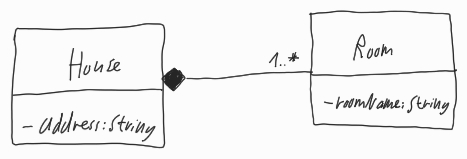
Diagram type: class_diagram
```plantuml
@startuml

left to right direction

class House {
  - address: String
}

class Room {
  - roomName: String
}

House *-- "1..*" Room

@enduml
```